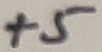
Text: +5